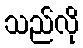
သည်လို